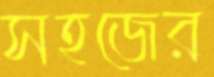
সহজের